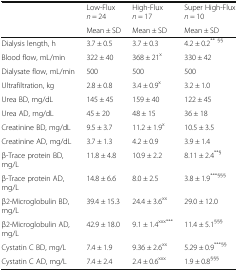
|  | Low-Fluxn = 24 | High-Fluxn = 17 | Super High-Fluxn = 10 |
 |  | Mean ± SD | Mean ± SD | Mean ± SD |
 | --- | --- | --- | --- |
 | Dialysis length, h | 3.7 ± 0.5 | 3.7 ± 0.3 | 4.2 ± 0.2** §§ |
 | Blood flow, mL/min | 322 ± 40 | 368 ± 21x | 330 ± 42 |
 | Dialysate flow, mL/min | 500 | 500 | 500 |
 | Ultrafiltration, kg | 2.8 ± 0.8 | 3.4 ± 0.9x | 3.2 ± 1.0 |
 | Urea BD, mg/dL | 145 ± 45 | 159 ± 40 | 122 ± 45 |
 | Urea AD, mg/dL | 45 ± 20 | 48 ± 15 | 36 ± 18 |
 | Creatinine BD, mg/dL | 9.5 ± 3.7 | 11.2 ± 1.9x | 10.5 ± 3.5 |
 | Creatinine AD, mg/dL | 3.7 ± 1.3 | 4.2 ± 0.9 | 3.9 ± 1.4 |
 | β-Trace protein BD, mg/L | 11.8 ± 4.8 | 10.9 ± 2.2 | 8.11 ± 2.4**§ |
 | β-Trace protein AD, mg/L | 14.8 ± 6.6 | 8.0 ± 2.5 | 3.8 ± 1.9***§§§ |
 | β2-Microglobulin BD, mg/L | 39.4 ± 15.3 | 24.4 ± 3.6xx | 29.0 ± 12.0 |
 | β2-Microglobulin AD, mg/L | 42.9 ± 18.0 | 9.1 ± 1.4xxx*** | 11.4 ± 5.1§§§ |
 | Cystatin C BD, mg/L | 7.4 ± 1.9 | 9.36 ± 2.6xx | 5.29 ± 0.9***§§ |
 | Cystatin C AD, mg/L | 7.4 ± 2.4 | 2.4 ± 0.6xxx | 1.9 ± 0.8§§§ |